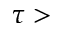
\tau >